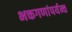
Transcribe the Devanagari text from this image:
भक्तगणांपर्यन्त